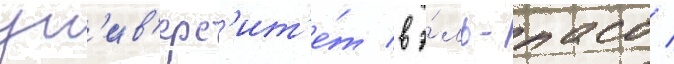
ун'ив'ерс'ит'е́т в э́ль-пасо /